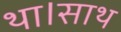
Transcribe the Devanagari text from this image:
था।साथ